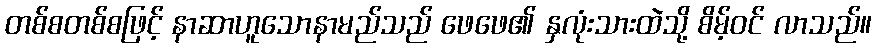
တစ်စတစ်စဖြင့် နာဆာဟူသောနာမည်သည် ဖေဖေ၏ နှလုံးသားထဲသို့ စိမ့်ဝင် လာသည်။